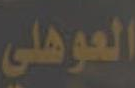
العوهلي